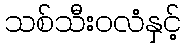
သစ်သီးဝလံနှင့်